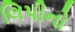
લિપીનો